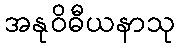
အနုဝိဓီယနာသု